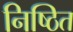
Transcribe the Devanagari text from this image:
निष्ठित